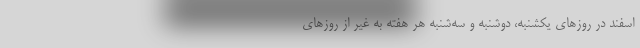
اسفند در روز‌های یکشنبه، دوشنبه و سه‌شنبه هر هفته به غیر از روز‌های